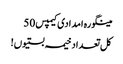
مینگورہ امدادی کیمپس 50
کل تعداد خیمہ بستیوں!